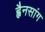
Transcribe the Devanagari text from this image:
ह्वैनसांग